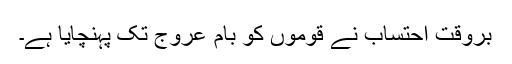
بروقت احتساب نے قوموں کو بام عروج تک پہنچایا ہے۔